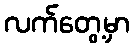
လက်တွေ့မှာ